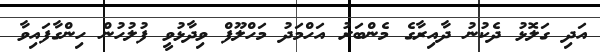
އަދި ގަލޮޅު ދެކުނު ދާއިރާގެ މެންބަރު އަހްމަދު މަހްލޫފް ވިދާޅުވީ ފުލުހުން ހިންގާފައިވާ